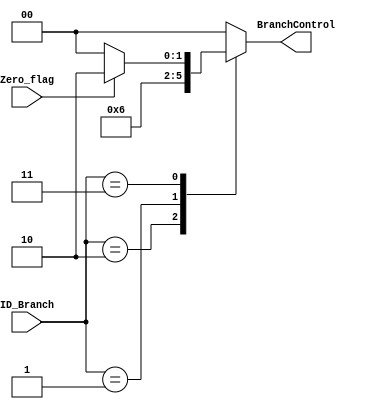
module BranchControl (Zero_flag,ID_Branch,BranchControl);
input Zero_flag;
input	[1:0] ID_Branch;
output reg [1:0] BranchControl;
parameter NO_Branch=2'd0,JAL_Branch=2'd1,JALR_Branch=2'd2,B_Branch=2'd3;
parameter PCPLUSIMMRS1=2'd1,PCPLUSIMM=2'd2,PCPLUS4=2'd0;
always @ (*) begin
	case (ID_Branch)
		JALR_Branch:begin
			BranchControl = PCPLUSIMMRS1;
		end
		JAL_Branch:begin
			BranchControl = PCPLUSIMM;
		end
		B_Branch:begin
			if (Zero_flag) begin
				BranchControl = PCPLUSIMM;
			end
			else begin
				BranchControl = PCPLUS4;
			end
		end
		default:begin
			BranchControl = PCPLUS4;
		end
	endcase	
end
endmodule